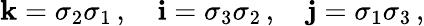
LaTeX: \mathbf{k}=\sigma_{2}\sigma_{1}\, ,\quad\mathbf{i}=\sigma_{3}\sigma_{2}\, ,\quad\mathbf{j}=\sigma_{1}\sigma_{3}\, ,